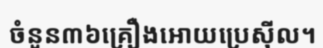
ចំនួន៣៦គ្រឿងអោយប្រេស៊ីល។